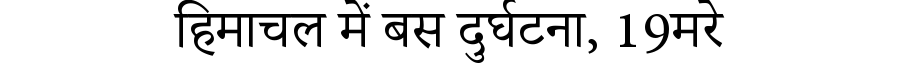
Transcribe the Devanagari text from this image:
हिमाचल में बस दुर्घटना, 19मरे